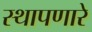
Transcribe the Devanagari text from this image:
स्थापणारे